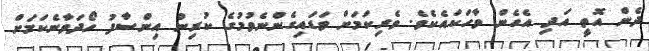
ދެން އޮތީ އަދި އެހެން ވާހަކައެކެވެ. ވެރިކަމަށް ވަޑައިިގެންނެވުމުގެ ކުރިން އިންސާފު ހޯދަވާނެކަމަށް